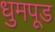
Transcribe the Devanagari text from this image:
धुमपूड